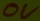
Text: 0V